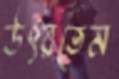
উৎরতেম